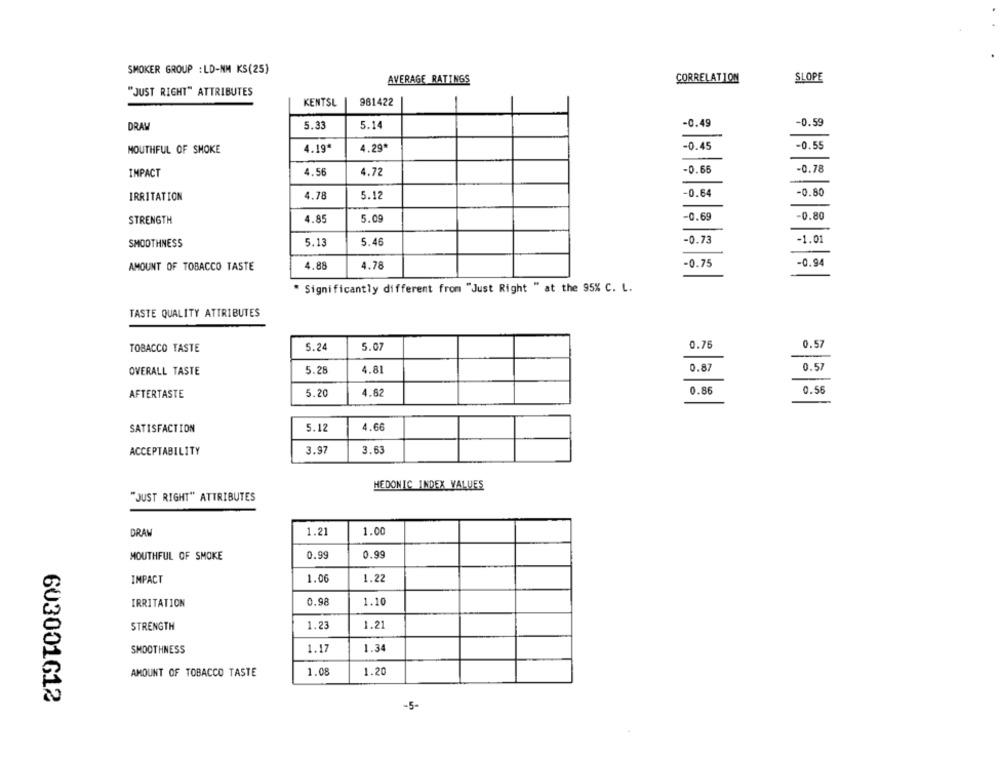
SMOKER GROUP : LD-NM KS(25)
AVERAGE RATINGS
CORRELATION
SLOPE
"JUST RIGHT" ATTRIBUTES
KENTSL
981422
-0.59
DRAW
5.33
5.14
-0.49
-0.55
MOUTHFUL OF SMOKE
4.19*
4.29*
-0.45
IMPACT
4.56
4.72
-0.66
-0.78
IRRITATION
4.78
5.12
-0.64
-0.80
STRENGTH
4.85
5.09
-0.69
-0.80
SMOOTHNESS
5.13
5.46
-0.73
-1.01
4.88
4.78
-0.75
-0.94
AMOUNT OF TOBACCO TASTE
* Significantly different from "Just Right " at the 95% C. L.
TASTE QUALITY ATTRIBUTES
TOBACCO TASTE
5.24
5.07
0.76
0.57
OVERALL TASTE
5.28
4.81
0.87
0.57
AFTERTASTE
5.20
4.62
0.86
0.56
4.66
SATISFACTION
5.12
3.63
ACCEPTABILITY
3.97
HEDONIC INDEX VALUES
"JUST RIGHT" ATTRIBUTES
DRAW
1.21
1.00
0.99
0.99
MOUTHFUL OF SMOKE
1.22
IMPACT
1.06
IRRITATION
0.98
1.10
STRENGTH
1.23
1.21
SMOOTHNESS
1.17
1.34
AMOUNT OF TOBACCO TASTE
1.08
1.20
603001612
-5-